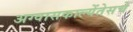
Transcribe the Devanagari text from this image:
अग्वासकाल्येंतेसचे